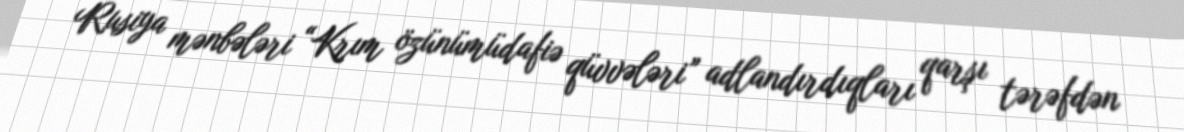
Rusiya mənbələri “Krım özünümüdafiə qüvvələri” adlandırdıqları qarşı tərəfdən